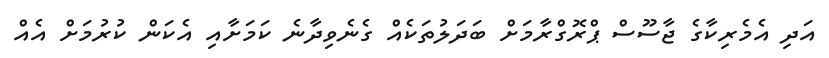
އަދި އެމެރިކާގެ ޖާސޫސް ޕްރޮގްރާމަށް ބަދަލުތަކެއް ގެނެވިދާނެ ކަމަށާއި އެކަން ކުރުމަށް އެއް